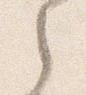
之